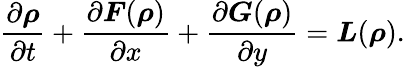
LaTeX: \frac{\partial\boldsymbol{\rho}}{\partial t}+\frac{\partial\boldsymbol{F}(\boldsymbol{\rho})}{\partial x}+\frac{\partial\boldsymbol{G}(\boldsymbol{\rho})}{\partial y}=\boldsymbol{L}(\boldsymbol{\rho}).